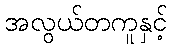
အလွယ်တကူနှင့်